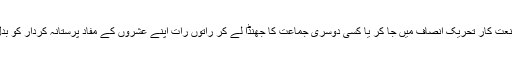
اگر آپ یہ سمجھ رہے ہیں کہ یہ جاگیردار، یہ وڈیرے، یہ صنعت کار تحریک انصاف میں جا کر یا کسی دوسری جماعت کا جھنڈا لے کر راتوں رات اپنے عشروں کے مفاد پرستانہ کردار کو بدل ڈالیں گے تو یہ صرف خام خیالی ہے، دیوانے کا خواب ہے۔